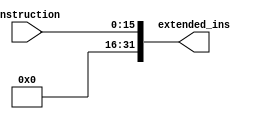
`timescale 1ns / 1ps
//////////////////////////////////////////////////////////////////////////////////
// Company: 
// Engineer: 
// 
// Design Name: 
// Module Name: sign-extend
// Project Name: 
// Target Devices: 
// Tool Versions: 
// Description: 
// 
// Dependencies: 
// 
// Revision:
// Revision 0.01 - File Created
// Additional Comments:
// 
//////////////////////////////////////////////////////////////////////////////////


module Sign_extend(
    input [15:0] instruction,
    output [31:0] extended_ins
    );
    assign extended_ins = instruction[15:0];
endmodule